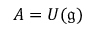
A = U ( { \mathfrak { g } } )